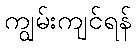
ကျွမ်းကျင်ရန်